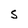
Character: s